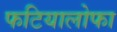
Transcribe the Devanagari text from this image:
फटियालोफा